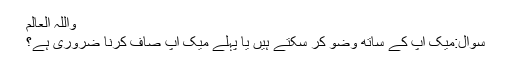
واللہ العالم
سوال:میک اپ کے ساتھ وضو کر سکتے ہیں یا پہلے میک اپ صاف کرنا ضروری ہے؟